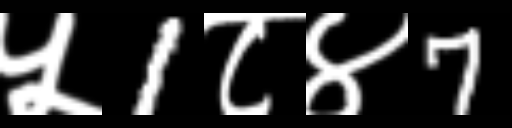
Text: ५1८४7